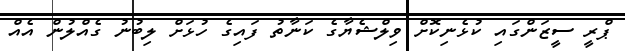
ޕްރީ ސީޒަންގައި ކުޅެނިކޮށް ވިލްޝެޔާގެ ކަނާތު ފައިގެ ހުޅަށް ލިބުނު ގެއްލުން އެއް